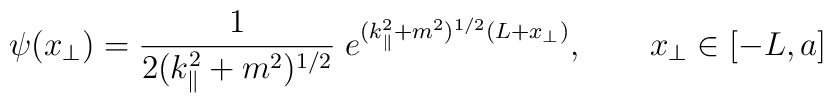
\psi(x_{\bot})=\frac{1}{2 (k_{\|}^2+m^2)^{1/2} } \;        e^{(k_{\|}^2+m^2)^{1/2} (L+x_{\bot})}, \qquad          x_{\bot} \in [-L,a]